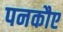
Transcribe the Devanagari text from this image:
पनकौए